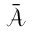
\bar { \mathcal { A } }